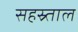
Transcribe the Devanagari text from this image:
सहस्र्ताल